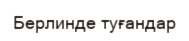
Берлинде туғандар